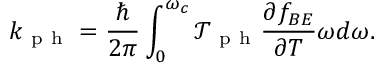
k _ { \mathrm { ~ p ~ h ~ } } = \frac { \hslash } { 2 \pi } \int _ { 0 } ^ { \omega _ { c } } \mathcal { T } _ { \mathrm { ~ p ~ h ~ } } \frac { \partial f _ { B E } } { \partial T } \omega d \omega .